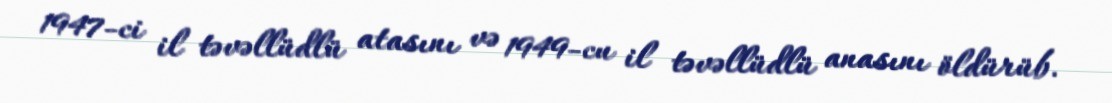
1947-ci il təvəllüdlü atasını və 1949-cu il təvəllüdlü anasını öldürüb.